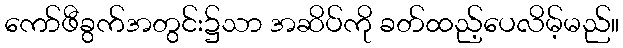
ကော်ဖီခွက်အတွင်း၌သာ အဆိပ်ကို ခတ်ထည့်ပေလိမ့်မည်။